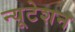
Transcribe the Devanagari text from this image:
न्यूटेशन